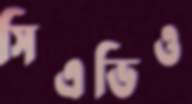
সিএভিও